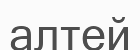
алтей